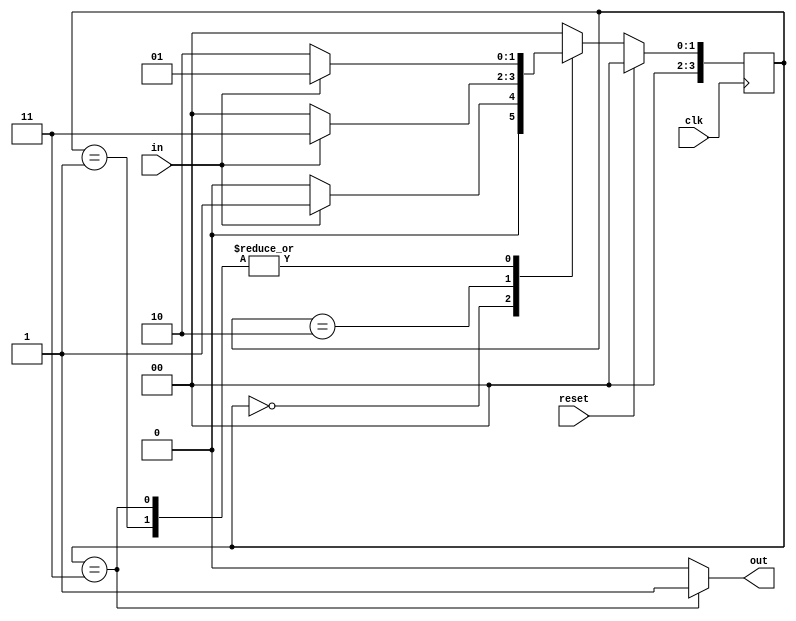
module top_module(
    input clk,
    input in,
    input reset,
    output out); //

    reg[3:0] state, state_next;
    
    parameter A=0, B=1, C=2, D=3;
    
    // State logic + State register
    always @(posedge clk) begin
        if(reset) state <= A;
        else begin
            case(state)            
                A: state <= (in==0)? A:B;
                B: state <= (in==0)? C:B;
                C: state <= (in==0)? A:D;
                D: state <= (in==0)? C:B;
                default: state <= A;
            endcase
        end
    end
    
    // Output logic
    assign out = (state==D)? 1:0;
    

endmodule